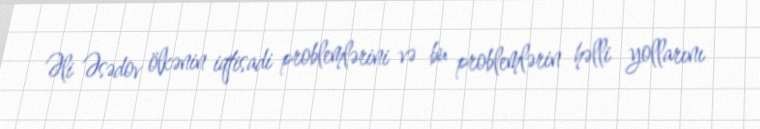
Əli Əsədov ölkənin iqtisadi problemlərini və bu problemlərin həlli yollarını